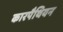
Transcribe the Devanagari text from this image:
कारपैथियन